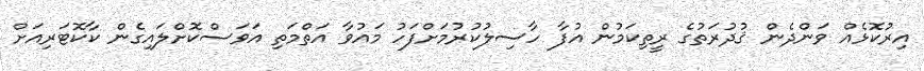
އިރުކޮޅެއް ވަންދެން ޤުދުރަތުގެ ރީތިކަމުން އުފާ ހާސިލުކުރުމަށްފަހު މައުވާ އަތްމަތި އަވަސްކޮށްލައިގެން ކާކޮޓަރިއަށް